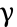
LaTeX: \upgamma